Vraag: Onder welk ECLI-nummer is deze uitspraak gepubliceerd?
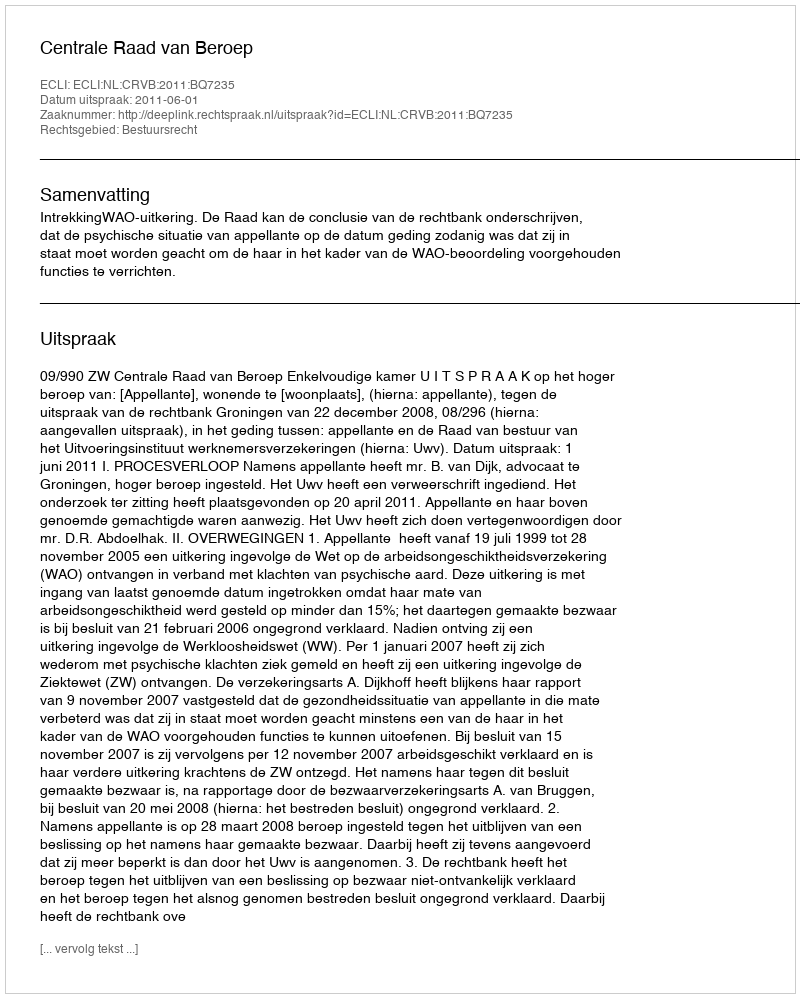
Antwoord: ECLI:NL:CRVB:2011:BQ7235